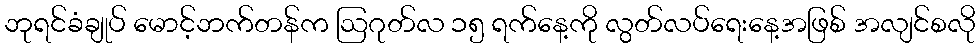
ဘုရင်ခံချုပ် မောင့်ဘက်တန်က ဩဂုတ်လ ၁၅ ရက်နေ့ကို လွတ်လပ်ရေးနေ့အဖြစ် အလျင်စလို